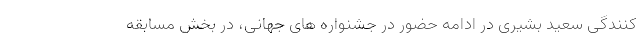
کنندگی سعید بشیری در ادامه حضور در جشنواره های جهانی، در بخش مسابقه